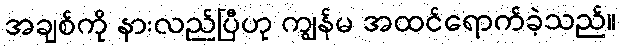
အချစ်ကို နားလည်ပြီဟု ကျွန်မ အထင်ရောက်ခဲ့သည်။